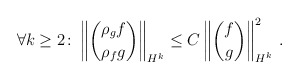
\begin{align*} \forall k\geq2\colon \left\|\binom{\rho_gf}{\rho_fg}\right\|_{H^k}\leq C\left\|\binom{f}{g}\right\|_{H^k}^2\,.\end{align*}